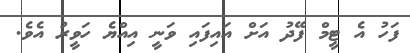
ފަހު އެ ޓީމް ފޭދު އަށް އައިފައި ވަނީ އިއްޔެ ހަވީރު އެވެ.